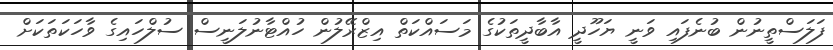
ފަލަސްތީނުން ބުނެފައި ވަނީ ޔަހޫދީ އާބާދީތަކުގެ މަސައްކަތް އިޒްރޭލުން ހުއްޓާނުލަނީސް ސުލްހައިގެ ވާހަކަތަކަށް